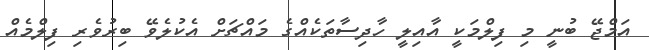
އަމްޖޭ ބުނީ މި ފިލްމަކީ އާއިލީ ހާދިސާތަކެއްގެ މައްޗަށް އެކުލެވޭ ބިރުވެރި ފިލްމެއް